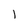
Character: l